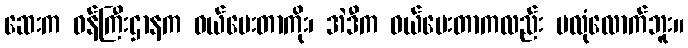
ဆေးက ဝန်ကြီးဌာနက ဝယ်ပေးတာကိုး၊ အဲဒီက ဝယ်ပေးတာကလည်း မလုံလောက်ဘူး။